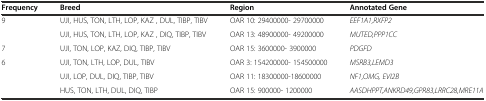
<table><thead><tr><td><b>Frequency</b></td><td><b>Breed</b></td><td><b>Region</b></td><td><b>Annotated Gene</b></td></tr></thead><tbody><tr><td rowspan="2">9</td><td>UJI, HUS, TON, LTH, LOP, KAZ , DUL, TIBP, TIBV</td><td>OAR 10: 29400000- 29700000</td><td><i>EEF1A1,RXFP2</i></td></tr><tr><td>UJI, HUS, TON, LTH, LOP, KAZ , DIQ, TIBP, TIBV</td><td>OAR 13: 48900000- 49200000</td><td><i>MUTED,PPP1CC</i></td></tr><tr><td>7</td><td>UJI, TON, LOP, KAZ, DIQ, TIBP, TIBV</td><td>OAR 15: 3600000- 3900000</td><td><i>PDGFD</i></td></tr><tr><td rowspan="3">6</td><td>UJI, TON, LTH, LOP, DUL, TIBV</td><td>OAR 3: 154200000- 154500000</td><td><i>MSRB3,LEMD3</i></td></tr><tr><td>UJI, LOP, DUL, DIQ, TIBP, TIBV</td><td>OAR 11: 18300000-18600000</td><td><i>NF1,OMG, EVI2B</i></td></tr><tr><td>HUS, TON, LTH, DUL, DIQ, TIBP</td><td>OAR 15: 900000- 1200000</td><td><i>AASDHPPT,ANKRD49,GPR83,LRRC28,MRE11A</i></td></tr></tbody></table>